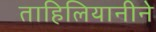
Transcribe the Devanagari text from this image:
ताहिलियानीने